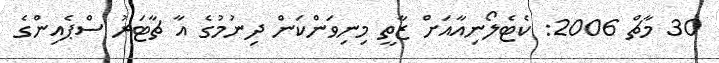
30 މާޗް 2006: ކެޓެލޯނިއާއަށް ޒާތީ މިނިވަންކަން ދިނުމުގެ އާ ޗާޓަރު ސްޕެއިންގެ